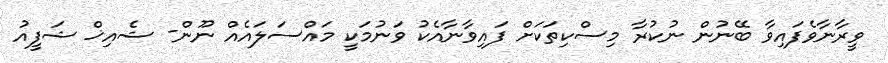
ވީރާނާވެފައިވާ ބޭނުން ނުކުރާ މިސްކިތަކަށް ފައިވާނާއެކު ވަނުމަކީ މައްސަލައެއް ނޫން- ޝެއިޚް ޝަފީއު